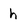
Character: h